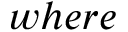
w h e r e